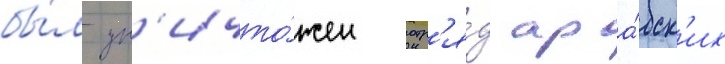
бы́л ун'ичто́жен отр'я́д ара́бск'их